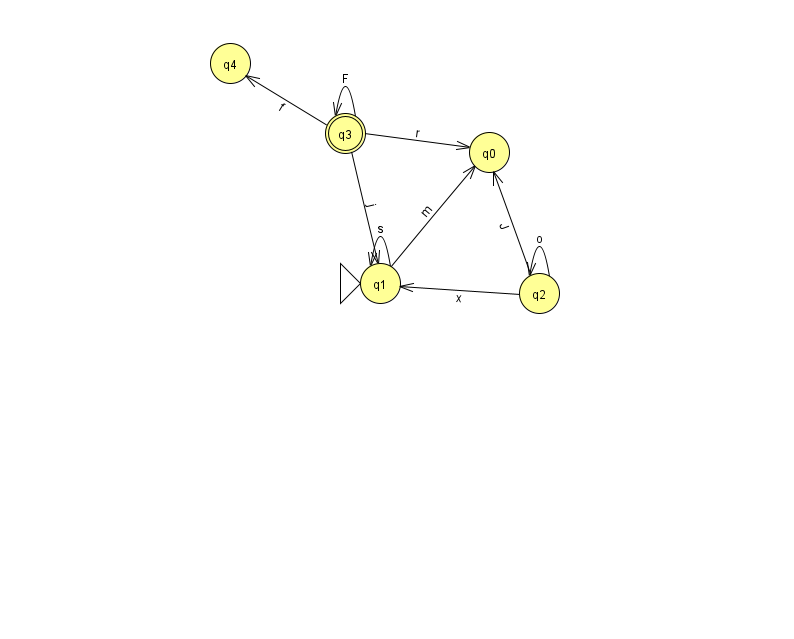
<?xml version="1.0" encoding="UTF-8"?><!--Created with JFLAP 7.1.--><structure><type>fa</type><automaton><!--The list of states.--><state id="0" name="q0"><x>489.0</x><y>139.0</y></state><state id="1" name="q1"><x>380.0</x><y>270.0</y><initial/></state><state id="2" name="q2"><x>539.0</x><y>280.0</y></state><state id="3" name="q3"><x>345.0</x><y>120.0</y><final/></state><state id="4" name="q4"><x>230.0</x><y>50.0</y></state><!--The list of transitions.--><transition><from>3</from><to>4</to><read>f</read></transition><transition><from>2</from><to>0</to><read>J</read></transition><transition><from>1</from><to>0</to><read>m</read></transition><transition><from>1</from><to>1</to><read>s</read></transition><transition><from>3</from><to>3</to><read>F</read></transition><transition><from>3</from><to>0</to><read>r</read></transition><transition><from>2</from><to>1</to><read>x</read></transition><transition><from>2</from><to>2</to><read>o</read></transition><transition><from>3</from><to>1</to><read>j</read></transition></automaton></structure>